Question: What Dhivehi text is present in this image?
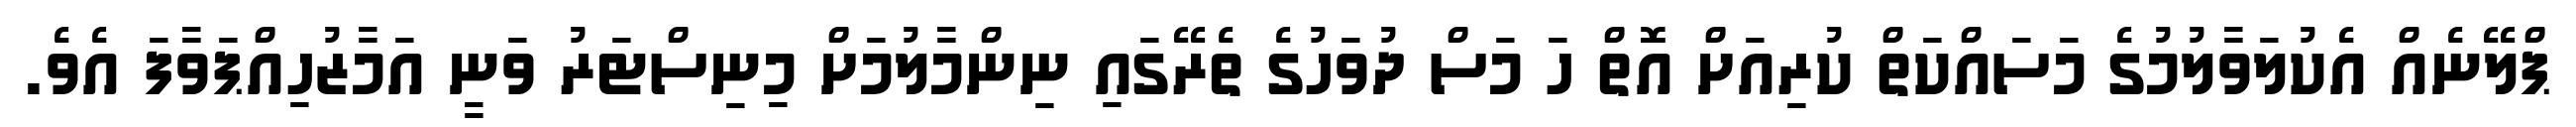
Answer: ޕްލޭނެއް އެކުލަވާލުމުގެ މަސައްކަތް ކުރިއަށް އޮތް ހަ މަސް ދުވަހުގެ ތެރޭގައި ނިންމާލުމަށް މިނިސްޓަރު ވަނީ އަމާޒުހިއްޕަވާފަ އެވެ.